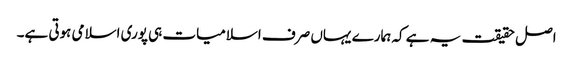
اصل حقیقت یہ ہے کہ ہمارے یہاں صرف اسلامیات ہی پوری اسلامی ہوتی ہے۔